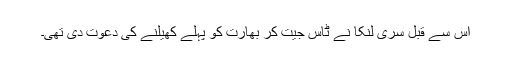
اس سے قبل سری لنکا نے ٹاس جیت کر بھارت کو پہلے کھیلنے کی دعوت دی تھی۔